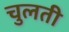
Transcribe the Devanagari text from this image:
चुलती